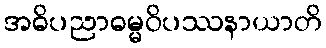
အဓိပညာဓမ္မဝိပဿနာယာတိ